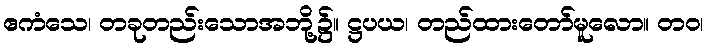
ဧကံသေ၊ တခုတည်းသောအဘို့၌။ ဋ္ဌပယ၊ တည်ထားတော်မူလော။ တဝ၊